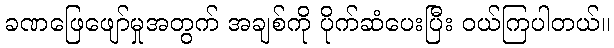
ခဏဖြေဖျော်မှုအတွက် အချစ်ကို ပိုက်ဆံပေးပြီး ဝယ်ကြပါတယ်။